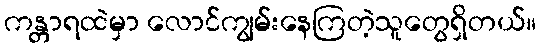
ကန္တာရထဲမှာ လောင်ကျွမ်းနေကြတဲ့သူတွေရှိတယ်။